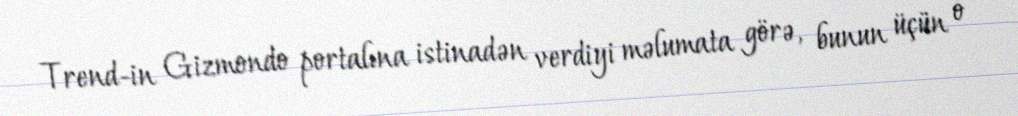
Trend-in Gizmondo portalına istinadən verdiyi məlumata görə, bunun üçün o